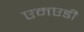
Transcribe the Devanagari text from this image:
एमएडी